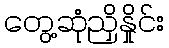
တွေ့ဆုံညှိနှိုင်း